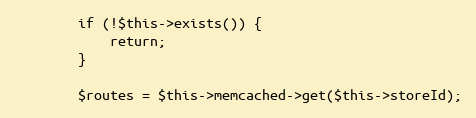
Language: PHP
        if (!$this->exists()) {
            return;
        }

        $routes = $this->memcached->get($this->storeId);